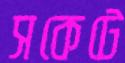
সকেটে